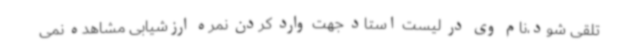
تلقی شود،نام وی در لیست استاد جهت وارد کردن نمره ارزشیابی مشاهده نمی